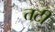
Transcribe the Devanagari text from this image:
तटीं